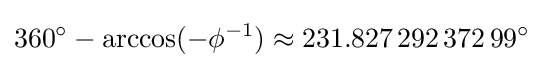
360^{\circ }-\arccos(-\phi ^{-1})\approx 231.827\,292\,372\,99^{\circ }